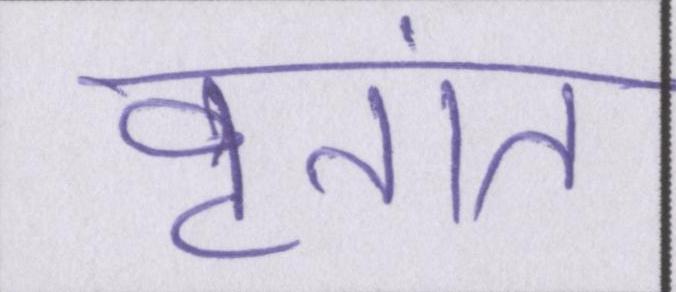
वृतांत